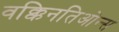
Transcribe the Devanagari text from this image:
वक्किनतिओन्स